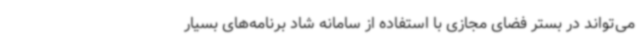
می‌تواند در بستر فضای مجازی با استفاده از سامانه شاد برنامه‌های بسیار